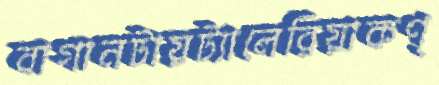
বাগানটায়ট্যালেরিয়াকণ্